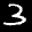
Label: 3